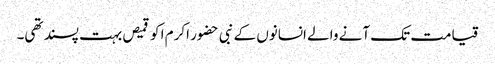
قیامت تک آنے والے انسانوں کے نبی حضور اکرم ا کو قمیص بہت پسند تھی۔